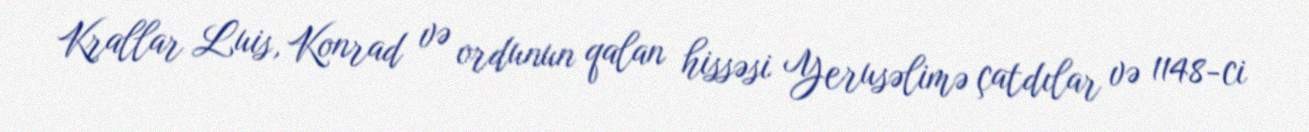
Krallar Luis, Konrad və ordunun qalan hissəsi Yerusəlimə çatdılar və 1148-ci